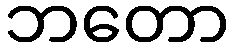
ဘတော